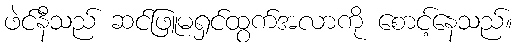
ဖဲင်နီသည် ဆင်ဖြူမရှင်ထွက်အလာကို စောင့်နေသည်။